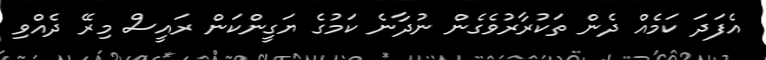
އެފަދަ ކަމެއް ދެން ތަކުރާރުވެގެން ނުދާނެ ކަމުގެ ޔަގީންކަން ރައީސް މިރޭ ދެއްވި